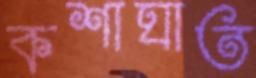
কশাঘাত